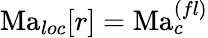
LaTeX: \mathrm{Ma}_{loc}[r]=\mathrm{Ma}_{c}^{(fl)}